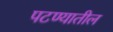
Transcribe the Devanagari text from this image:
पटण्यातील